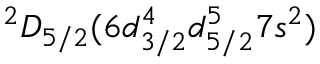
^ 2 D _ { 5 / 2 } ( 6 d _ { 3 / 2 } ^ { 4 } d _ { 5 / 2 } ^ { 5 } 7 s ^ { 2 } )